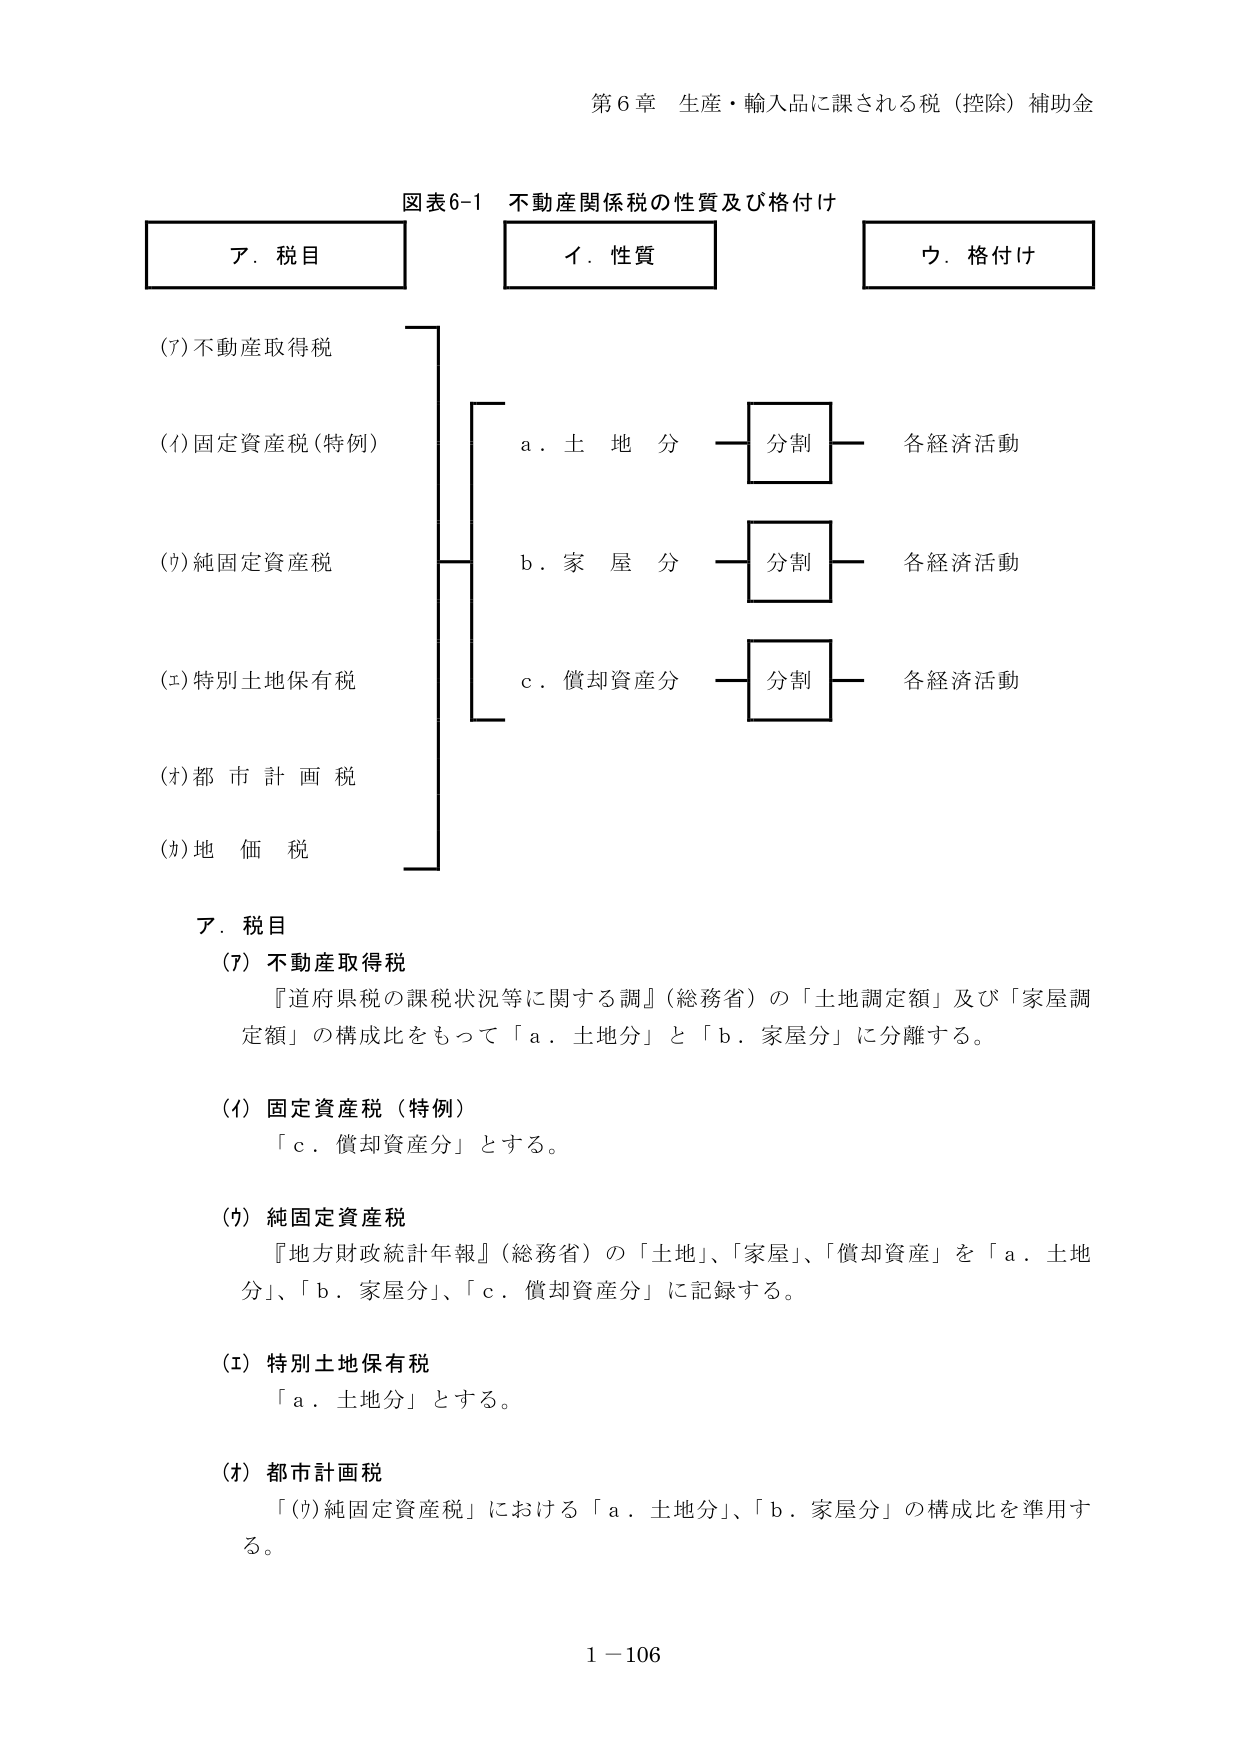
第６章 生産・輸入品に課される税（控除）補助金

図表6-1 不動産関係税の性質及び格付け

ア．税目
イ．性質
ウ．格付け

(7)不動産取得税
(4)固定資産税（特例）
(9)純固定資産税
(ｴ)特別土地保有税
(ｵ)都市計画税
(ｶ)地価税

a．土地分 ── 分割 ── 各経済活動
b．家屋分 ── 分割 ── 各経済活動
c．償却資産分 ── 分割 ── 各経済活動

ア．税目

(7) 不動産取得税
『道府県税の課税状況等に関する調』（総務省）の「土地調定額」及び「家屋調定額」の構成比をもって「a．土地分」と「b．家屋分」に分離する。

(4) 固定資産税（特例）
「c．償却資産分」とする。

(9) 純固定資産税
『地方財政統計年報』（総務省）の「土地」、「家屋」、「償却資産」を「a．土地分」、「b．家屋分」、「c．償却資産分」に記録する。

(ｴ) 特別土地保有税
「a．土地分」とする。

(ｵ) 都市計画税
「(9)純固定資産税」における「a．土地分」、「b．家屋分」の構成比を準用する。

1－106